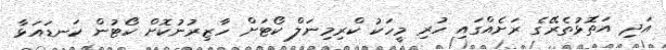
އަދި އަތޮޅުތެރޭގެ ރަށެއްގައި ހުރި މީހަކު ކްރިމިނަލް ކޯޓަށް ހާޒިރުނުކޮށް ކޯޓުން ކަނޑައަޅާ